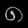
Digit: ၈